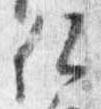
仏